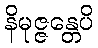
နိမုဇ္ဇန္တေပိ